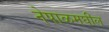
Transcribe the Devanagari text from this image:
नेपाळमघील